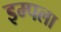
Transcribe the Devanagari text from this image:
इम्पला